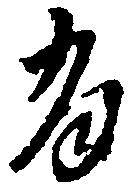
有